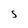
Character: 5